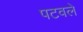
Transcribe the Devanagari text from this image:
पटवले